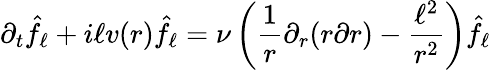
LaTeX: \partial_{t}\hat{f}_{\ell}+i\ell v(r)\hat{f}_{\ell}=\nu\left(\frac{1}{r}\partial_{r}(r\partial r)-\frac{\ell^{2}}{r^{2}}\right)\hat{f}_{\ell}